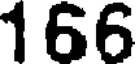
166